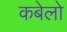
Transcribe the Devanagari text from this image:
कबेलो